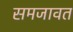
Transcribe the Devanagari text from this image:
समजावत